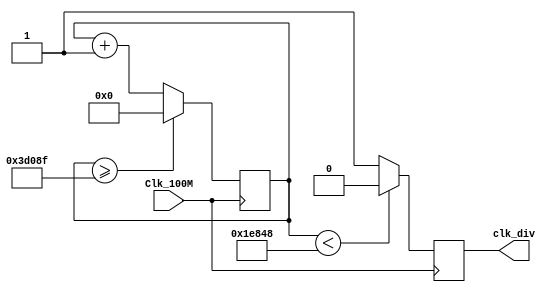
`timescale 1ns / 1ps
// Slow clock for looping
module slow_clk (input Clk_100M, output reg clk_div);
    reg [26:0] counter = 0;
    always @(posedge Clk_100M)
    begin
        counter <= (counter >= 249999) ? 0 : counter+1;
        clk_div <= (counter < 125000) ? 1'b0 : 1'b1;
    end
endmodule